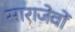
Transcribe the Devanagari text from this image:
साराजेवों